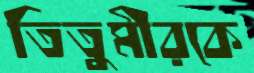
তিতুমীরকে